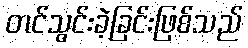
တင်သွင်းခဲ့ခြင်းဖြစ်သည်